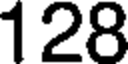
128